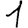
Digit: 1